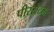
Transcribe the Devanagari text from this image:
पीरसेटम